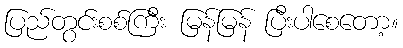
ပြည်တွင်းစစ်ကြီး မြန်မြန် ပြီးပါစေတော့။